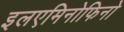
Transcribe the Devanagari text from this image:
इलएमिनोफिनो